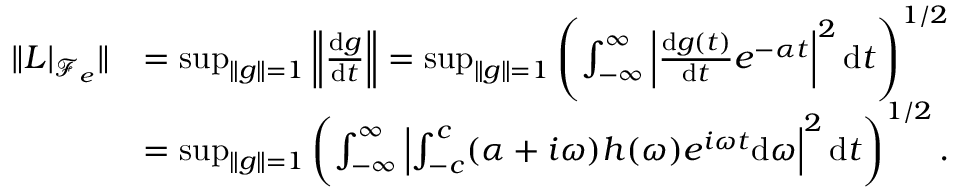
\begin{array} { r l } { \| L | _ { \mathcal { F } _ { e } } \| } & { = \operatorname* { s u p } _ { \| g \| = 1 } \left\| \frac { \mathrm { d } g } { \mathrm { d } t } \right\| = \operatorname* { s u p } _ { \| g \| = 1 } \left( \int _ { - \infty } ^ { \infty } \left| \frac { \mathrm { d } g ( t ) } { \mathrm { d } t } e ^ { - \alpha t } \right| ^ { 2 } \mathrm { d } t \right) ^ { 1 / 2 } } \\ & { = \operatorname* { s u p } _ { \| g \| = 1 } \left( \int _ { - \infty } ^ { \infty } \left| \int _ { - c } ^ { c } ( \alpha + i \omega ) h ( \omega ) e ^ { i \omega t } \mathrm { d } \omega \right| ^ { 2 } \mathrm { d } t \right) ^ { 1 / 2 } . } \end{array}